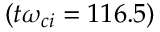
( t \omega _ { c i } = 1 1 6 . 5 )